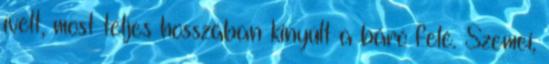
ívelt, most teljes hosszában kinyúlt a báró felé. Szemei,